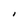
Character: I